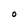
Character: 0